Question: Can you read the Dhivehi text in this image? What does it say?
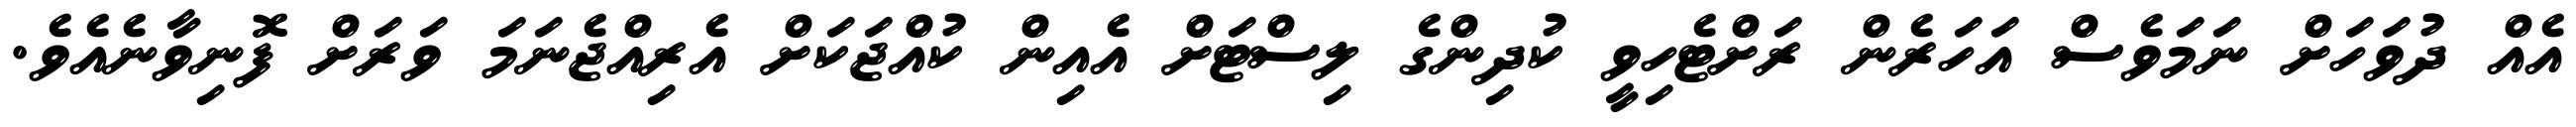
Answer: އެއް ދުވަހަށް ނަމަވެސް އަހަރެން ރަށްޓެހިވީ ކުދިންގެ ލިސްޓަށް އެއިން ކުއްޖަކަށް އެރިއްޖެނަމަ ވަރަށް ފޮނިވާނެއެވެ.